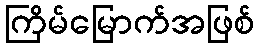
ကြိမ်မြောက်အဖြစ်